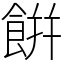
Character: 餠